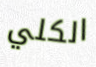
الكلي